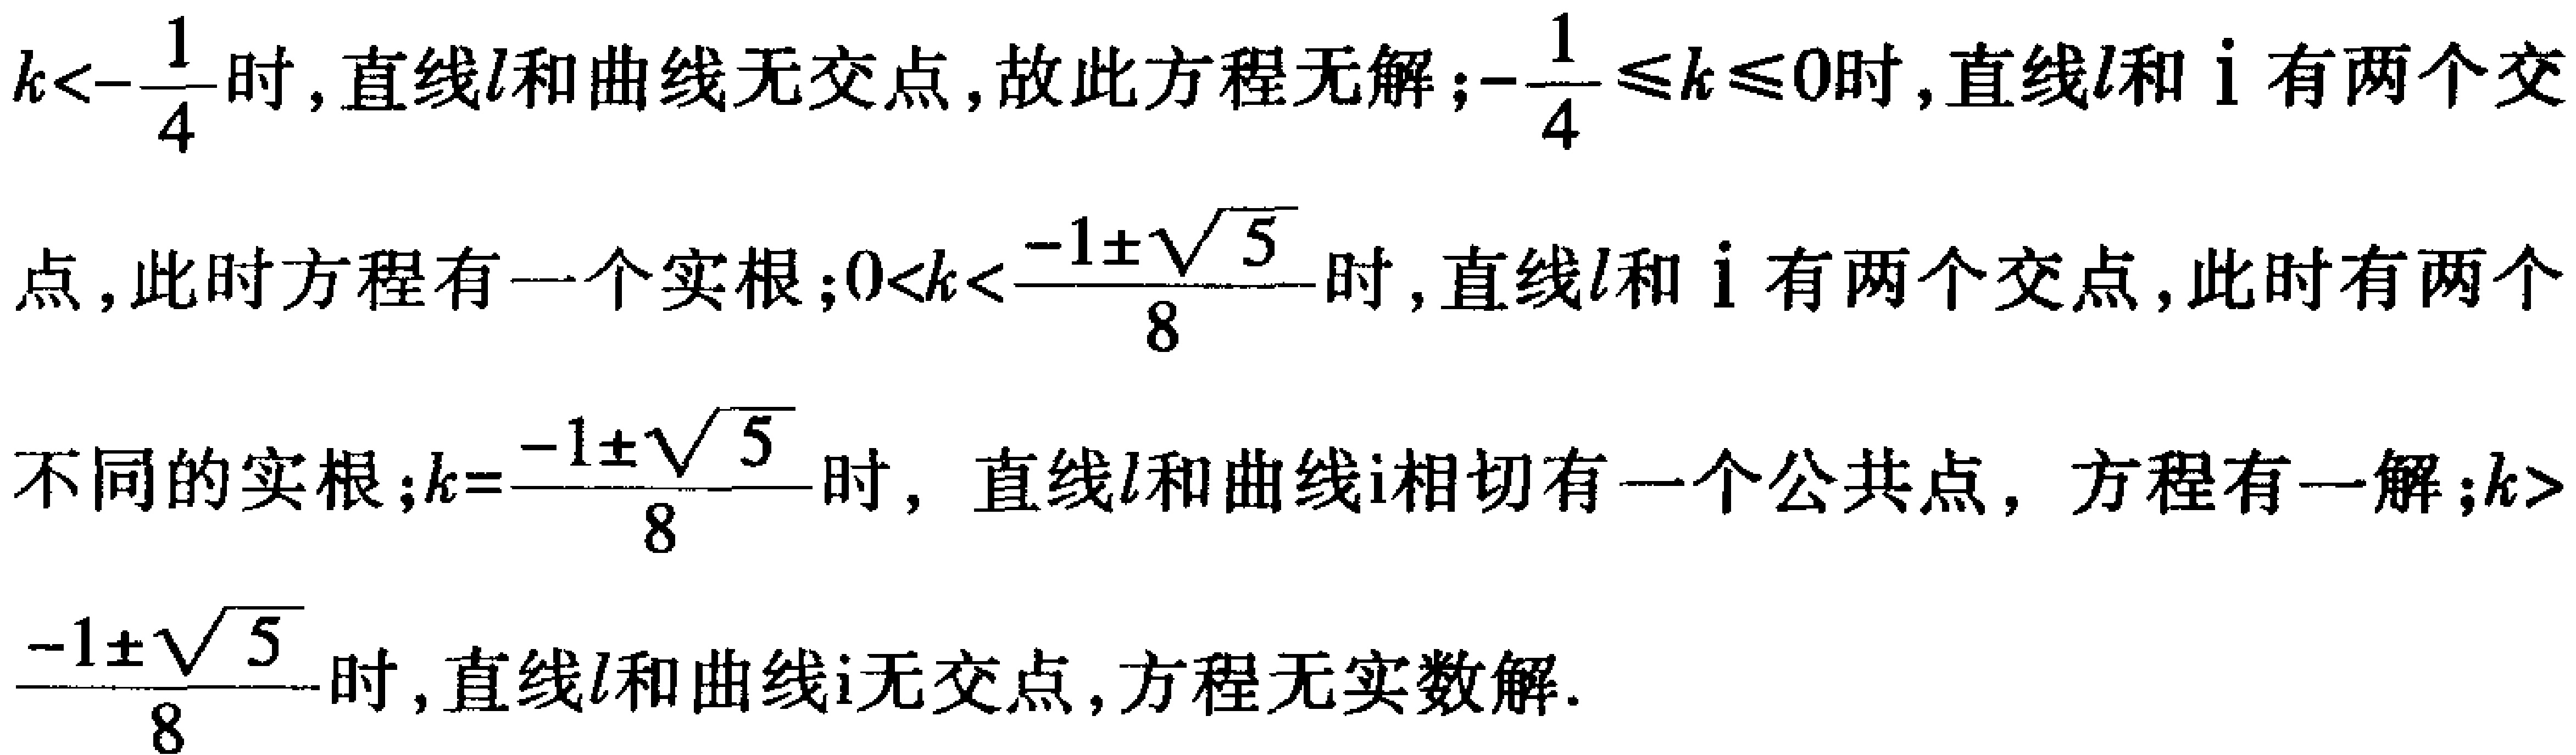
\(k<-\frac{1}{4}\)时,直线\(l\)和曲线无交点,故此方程无解；\(-\frac{1}{4} \leq k \leq 0\)时,直线\(l\)和\(i\)有两个交点,此时方程有一个实根；\(0<k<\frac{-1\pm\sqrt{5}}{8}\)时,直线\(l\)和\(i\)有两个交点,此时有两个不同的实根；\(k = \frac{-1\pm\sqrt{5}}{8}\)时, 直线\(l\)和曲线\(i\)相切有一个公共点, 方程有一解；\(k>\frac{-1\pm\sqrt{5}}{8}\)时,直线\(l\)和曲线\(i\)无交点,方程无实数解.